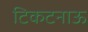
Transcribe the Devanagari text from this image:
टिकटनाऊ